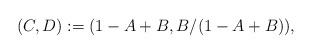
LaTeX: \begin{align*}(C,D) := (1-A+B,B/(1-A+B)),\end{align*}